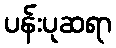
ပန်းပုဆရာ